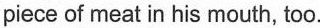
piece of meat in his mouth, too.